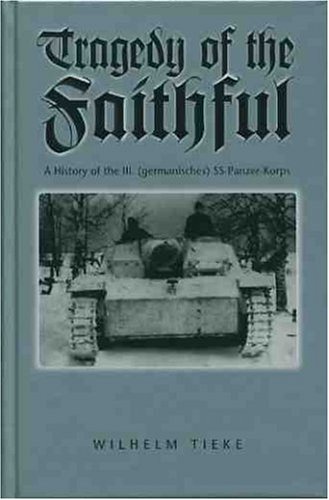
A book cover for The Tragedy of the Faithful: 3rd SS Panzer Korps; Wilhelm Tieke; History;